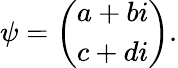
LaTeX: \psi={\left(\begin{array}{l}{a+bi}\\ {c+di}\end{array}\right)}.